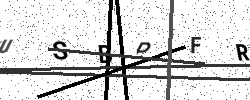
Text: USBPFR